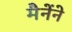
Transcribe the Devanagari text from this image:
मैनेंने